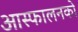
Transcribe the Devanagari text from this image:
आस्फालनको